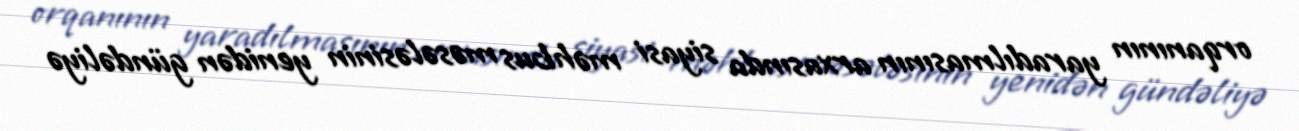
orqanının yaradılmasının arxasında siyasi məhbus məsələsinin yenidən gündəliyə